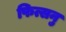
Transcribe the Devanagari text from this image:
फित्सनु